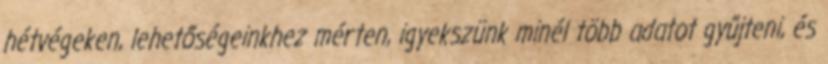
hétvégeken, lehetőségeinkhez mérten, igyekszünk minél több adatot gyűjteni, és